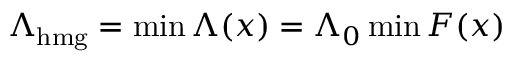
\Lambda _ { \mathrm { h m g } } = \operatorname* { m i n } \Lambda ( x ) = \Lambda _ { 0 } \operatorname* { m i n } F ( x )